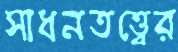
সাধনতত্ত্বের